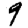
Digit: 9